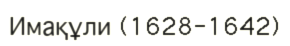
Имақұли (1628-1642)